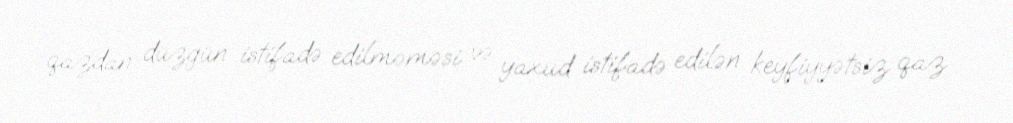
qazdan düzgün istifadə edilməməsi və yaxud istifadə edilən keyfiyyətsiz qaz